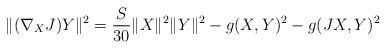
LaTeX: \begin{align*}\|(\nabla_{X}J)Y\|^{2}=\frac{S}{30}{\|X\|^{2}\|Y\|^{2}-g(X,Y)^{2}-g(JX,Y)^{2}}\end{align*}